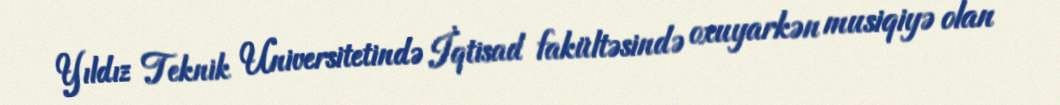
Yıldız Teknik Universitetində İqtisad fakültəsində oxuyarkən musiqiyə olan